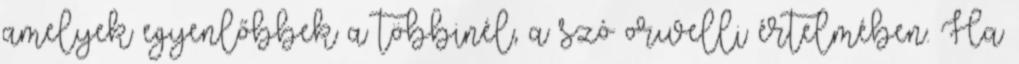
amelyek egyenlőbbek a többinél, a szó orwelli értelmében. Ha